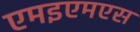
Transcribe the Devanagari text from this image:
एमइएमएस